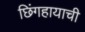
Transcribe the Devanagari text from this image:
छिंगहायाची